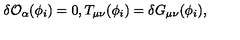
\delta { \cal O } _ { \alpha } ( \phi _ { i } ) = 0 , T _ { \mu \nu } ( \phi _ { i } ) = \delta G _ { \mu \nu } ( \phi _ { i } ) ,